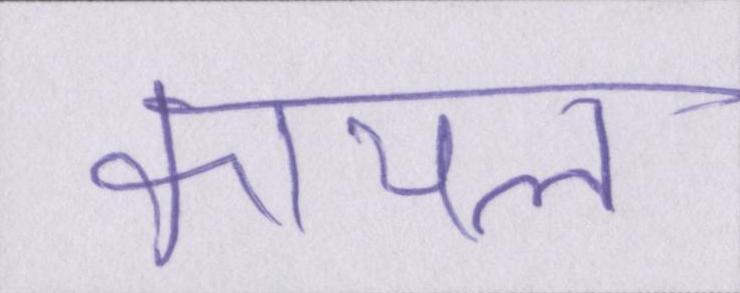
कायल